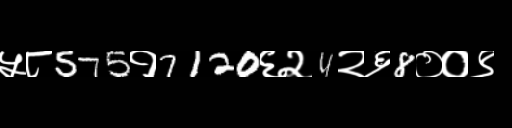
Text: ५८575१7120६२4२६8००९